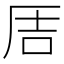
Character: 𪠅